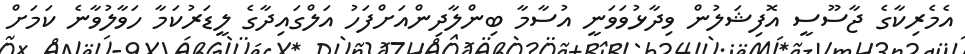
އެމެރިކާގެ ޖާސޫސީ އޮފިޝަލުން ވިދާޅުވަވަނީ އުސާމާ ބިންލާދިންއަށްފަހު އަލްގައިދާގެ ލީޑަރުކަމާ ހަވާލުވާނެ ކަމަށް